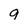
Character: q